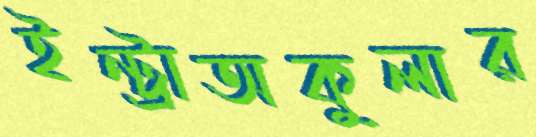
ইন্ট্রাঅকুলার